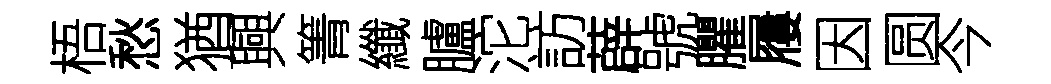
梧愁猶興箐纖臚沱訪薜號臞屨因圆今